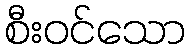
စီးဝင်သော